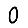
Digit: 0